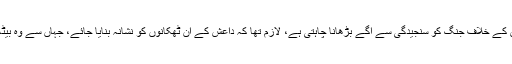
ترجمان وائیٹ ہاؤس کا کہنا تھا کہ امریکا داعش کے خلاف جنگ کو سنجیدگی سے آگے بڑھانا چاہتی ہے، لازم تھا کہ داعش کے ان ٹھکانوں کو نشانہ بنایا جائے، جہاں سے وہ بیٹھ کر امریکی و اتحادی افواج پر حملہ کرتے ہیں۔